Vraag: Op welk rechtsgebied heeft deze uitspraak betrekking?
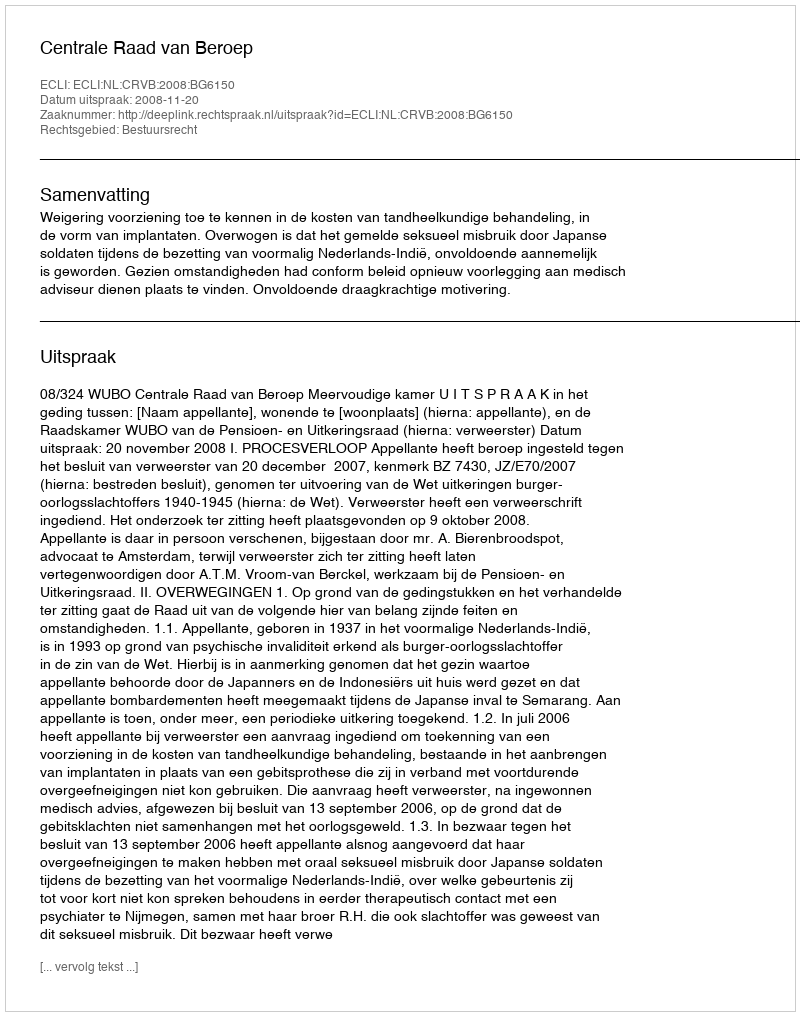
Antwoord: Bestuursrecht